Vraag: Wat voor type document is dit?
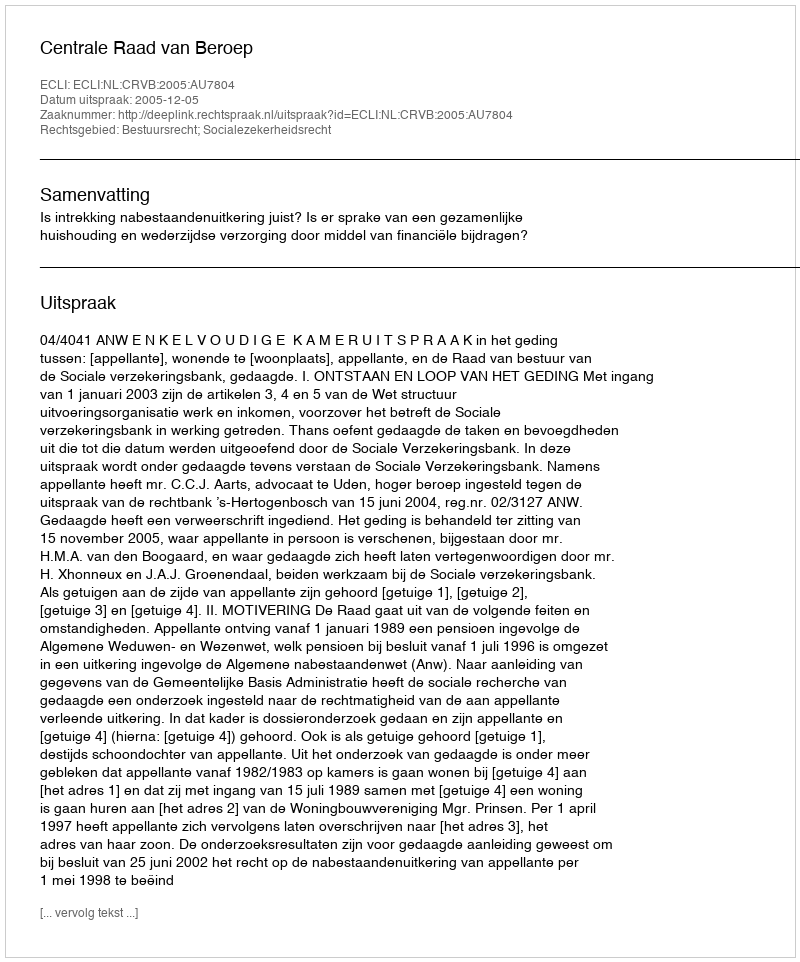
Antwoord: Uitspraak